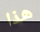
هذا